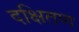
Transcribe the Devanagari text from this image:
दक्षितण